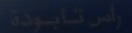
راس تابوطة